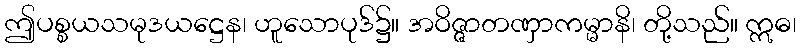
ဤပစ္စယသမုဒယဋ္ဌေန၊ ဟူသောပုဒ်၌။ အဝိဇ္ဇာတဏှာကမ္မာနိ၊ တို့သည်။ ဣဓ၊